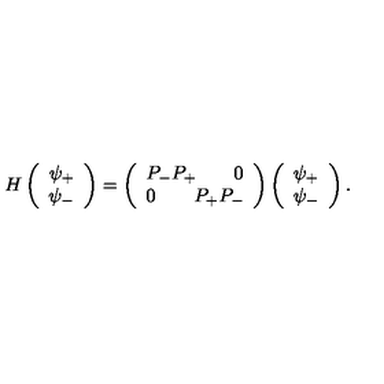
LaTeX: H \left( \begin{array} { c } { \psi _ { + } } \\ { \psi _ { - } } \\ \end{array} \right) = \left( \begin{array} { c } { P _ { - } P _ { + } \qquad 0 } \\ { 0 \qquad P _ { + } P _ { - } } \\ \end{array} \right) \left( \begin{array} { c } { \psi _ { + } } \\ { \psi _ { - } } \\ \end{array} \right) .